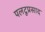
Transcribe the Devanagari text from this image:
पलटूप्रसाद